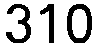
310